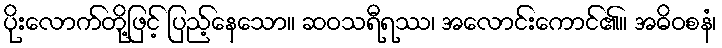
ပိုးလောက်တို့ဖြင့် ပြည့်နေသော။ ဆဝသရီရဿ၊ အလောင်းကောင်၏။ အဓိဝစနံ၊